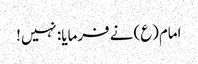
امام(ع) نے فرمایا: نہیں!